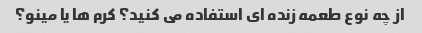
از چه نوع طعمه زنده ای استفاده می کنید؟ کرم ها یا مینو؟